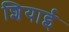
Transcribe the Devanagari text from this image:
शियाई